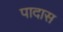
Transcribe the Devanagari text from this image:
पादास